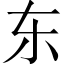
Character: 东